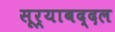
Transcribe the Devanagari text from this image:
सूर्याबद्दल